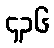
၄၃၆